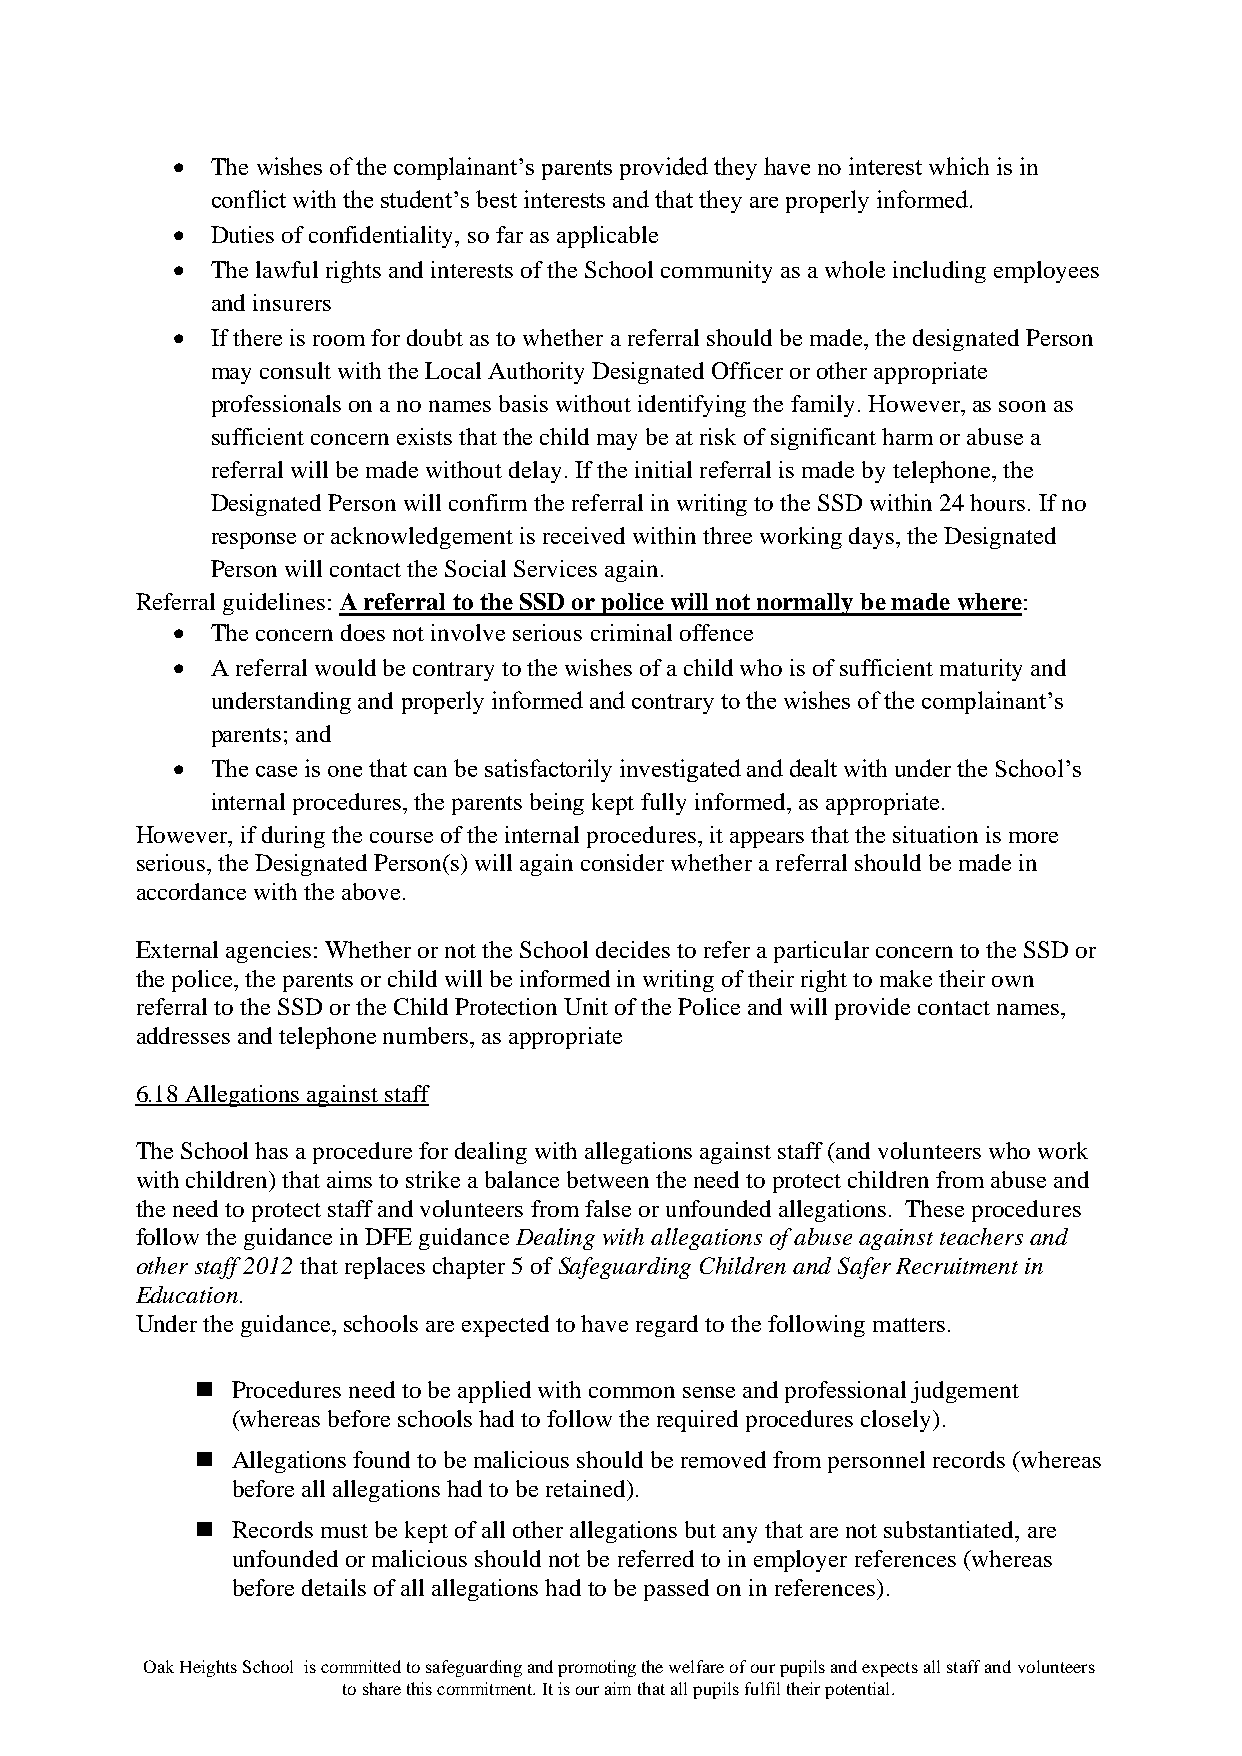
•  The wishes of the complainant’s parents provided they have no interest which is in
 conflict with the student’s best interests and that they are properly informed.
 •  Duties of confidentiality, so far as applicable
 •  The lawful rights and interests of the School community as a whole including employees
 and insurers
 •  If there is room for doubt as to whether a referral should be made, the designated Person
 may consult with the Local Authority Designated Officer or other appropriate
 professionals on a no names basis without identifying the family. However, as soon as
 sufficient concern exists that the child may be at risk of significant harm or abuse a
 referral will be made without delay. If the initial referral is made by telephone, the
 Designated Person will confirm the referral in writing to the SSD within 24 hours. If no
 response or acknowledgement is received within three working days, the Designated
 Person will contact the Social Services again.
 Referral guidelines: A referral to the SSD or police will not normally be made where:
 •  The concern does not involve serious criminal offence
 •  A referral would be contrary to the wishes of a child who is of sufficient maturity and
 understanding and properly informed and contrary to the wishes of the complainant’s
 parents; and
 •  The case is one that can be satisfactorily investigated and dealt with under the School’s
 internal procedures, the parents being kept fully informed, as appropriate.
 However, if during the course of the internal procedures, it appears that the situation is more
 serious, the Designated Person(s) will again consider whether a referral should be made in
 accordance with the above.
 External agencies: Whether or not the School decides to refer a particular concern to the SSD or
 the police, the parents or child will be informed in writing of their right to make their own
 referral to the SSD or the Child Protection Unit of the Police and will provide contact names,
 addresses and telephone numbers, as appropriate
 6.18 Allegations against staff
 The School has a procedure for dealing with allegations against staff (and volunteers who work
 with children) that aims to strike a balance between the need to protect children from abuse and
 the need to protect staff and volunteers from false or unfounded allegations. These procedures
 follow the guidance in DFE guidance Dealing with allegations of abuse against teachers and
 other staff 2012 that replaces chapter 5 of Safeguarding Children and Safer Recruitment in
 Education.
 Under the guidance, schools are expected to have regard to the following matters.
 ◼ Procedures need to be applied with common sense and professional judgement
 (whereas before schools had to follow the required procedures closely).
 ◼ Allegations found to be malicious should be removed from personnel records (whereas
 before all allegations had to be retained).
 ◼ Records must be kept of all other allegations but any that are not substantiated, are
 unfounded or malicious should not be referred to in employer references (whereas
 before details of all allegations had to be passed on in references).
 Oak Heights School is committed to safeguarding and promoting the welfare of our pupils and expects all staff and volunteers
 to share this commitment. It is our aim that all pupils fulfil their potential.